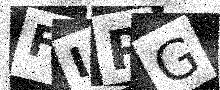
Text: FIPG